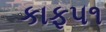
કાફ૫૧